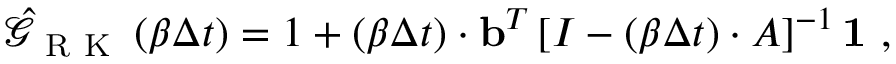
\hat { \mathcal { G } } _ { \mathrm { ~ R ~ K ~ } } \left( \beta \Delta t \right) = 1 + ( \beta \Delta t ) \cdot { \bf b } ^ { T } \left[ I - ( \beta \Delta t ) \cdot A \right] ^ { - 1 } { \bf 1 } \ ,